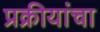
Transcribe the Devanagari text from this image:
प्रक्रीयांचा